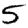
Digit: 5